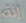
إنة